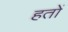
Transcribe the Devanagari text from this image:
हतों